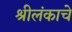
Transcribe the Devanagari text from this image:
श्रीलंकाचे